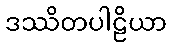
ဒဿိတပါဠိယာ